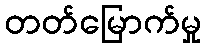
တတ်မြောက်မှု